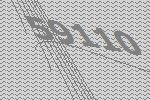
59110